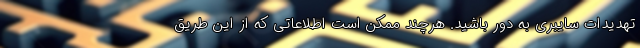
تهدیدات سایبری به دور باشید. هرچند ممکن است اطلاعاتی که از این طریق